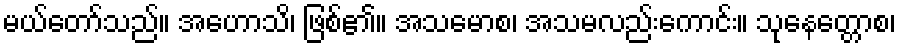
မယ်တော်သည်။ အဟောသိ၊ ဖြစ်၏။ အသမောစ၊ အသမလည်းကောင်း။ သုနေတ္တောစ၊